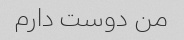
من دوست دارم